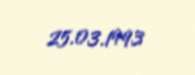
25.03.1993